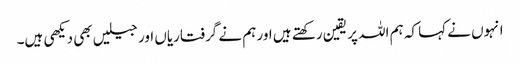
انہوں نے کہا کہ ہم اللہ پر یقین رکھتے ہیں اور ہم نے گرفتاریاں اور جیلیں بھی دیکھی ہیں۔